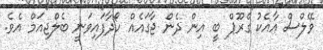
ވޭލްސް އާއެކު ގްރޫޕް ބީ އިން ދެން ޖާގައެއް ހޯދާފައިވަނީ ބެލްޖިއަމް އެވެ.